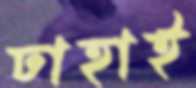
ঢাহাই